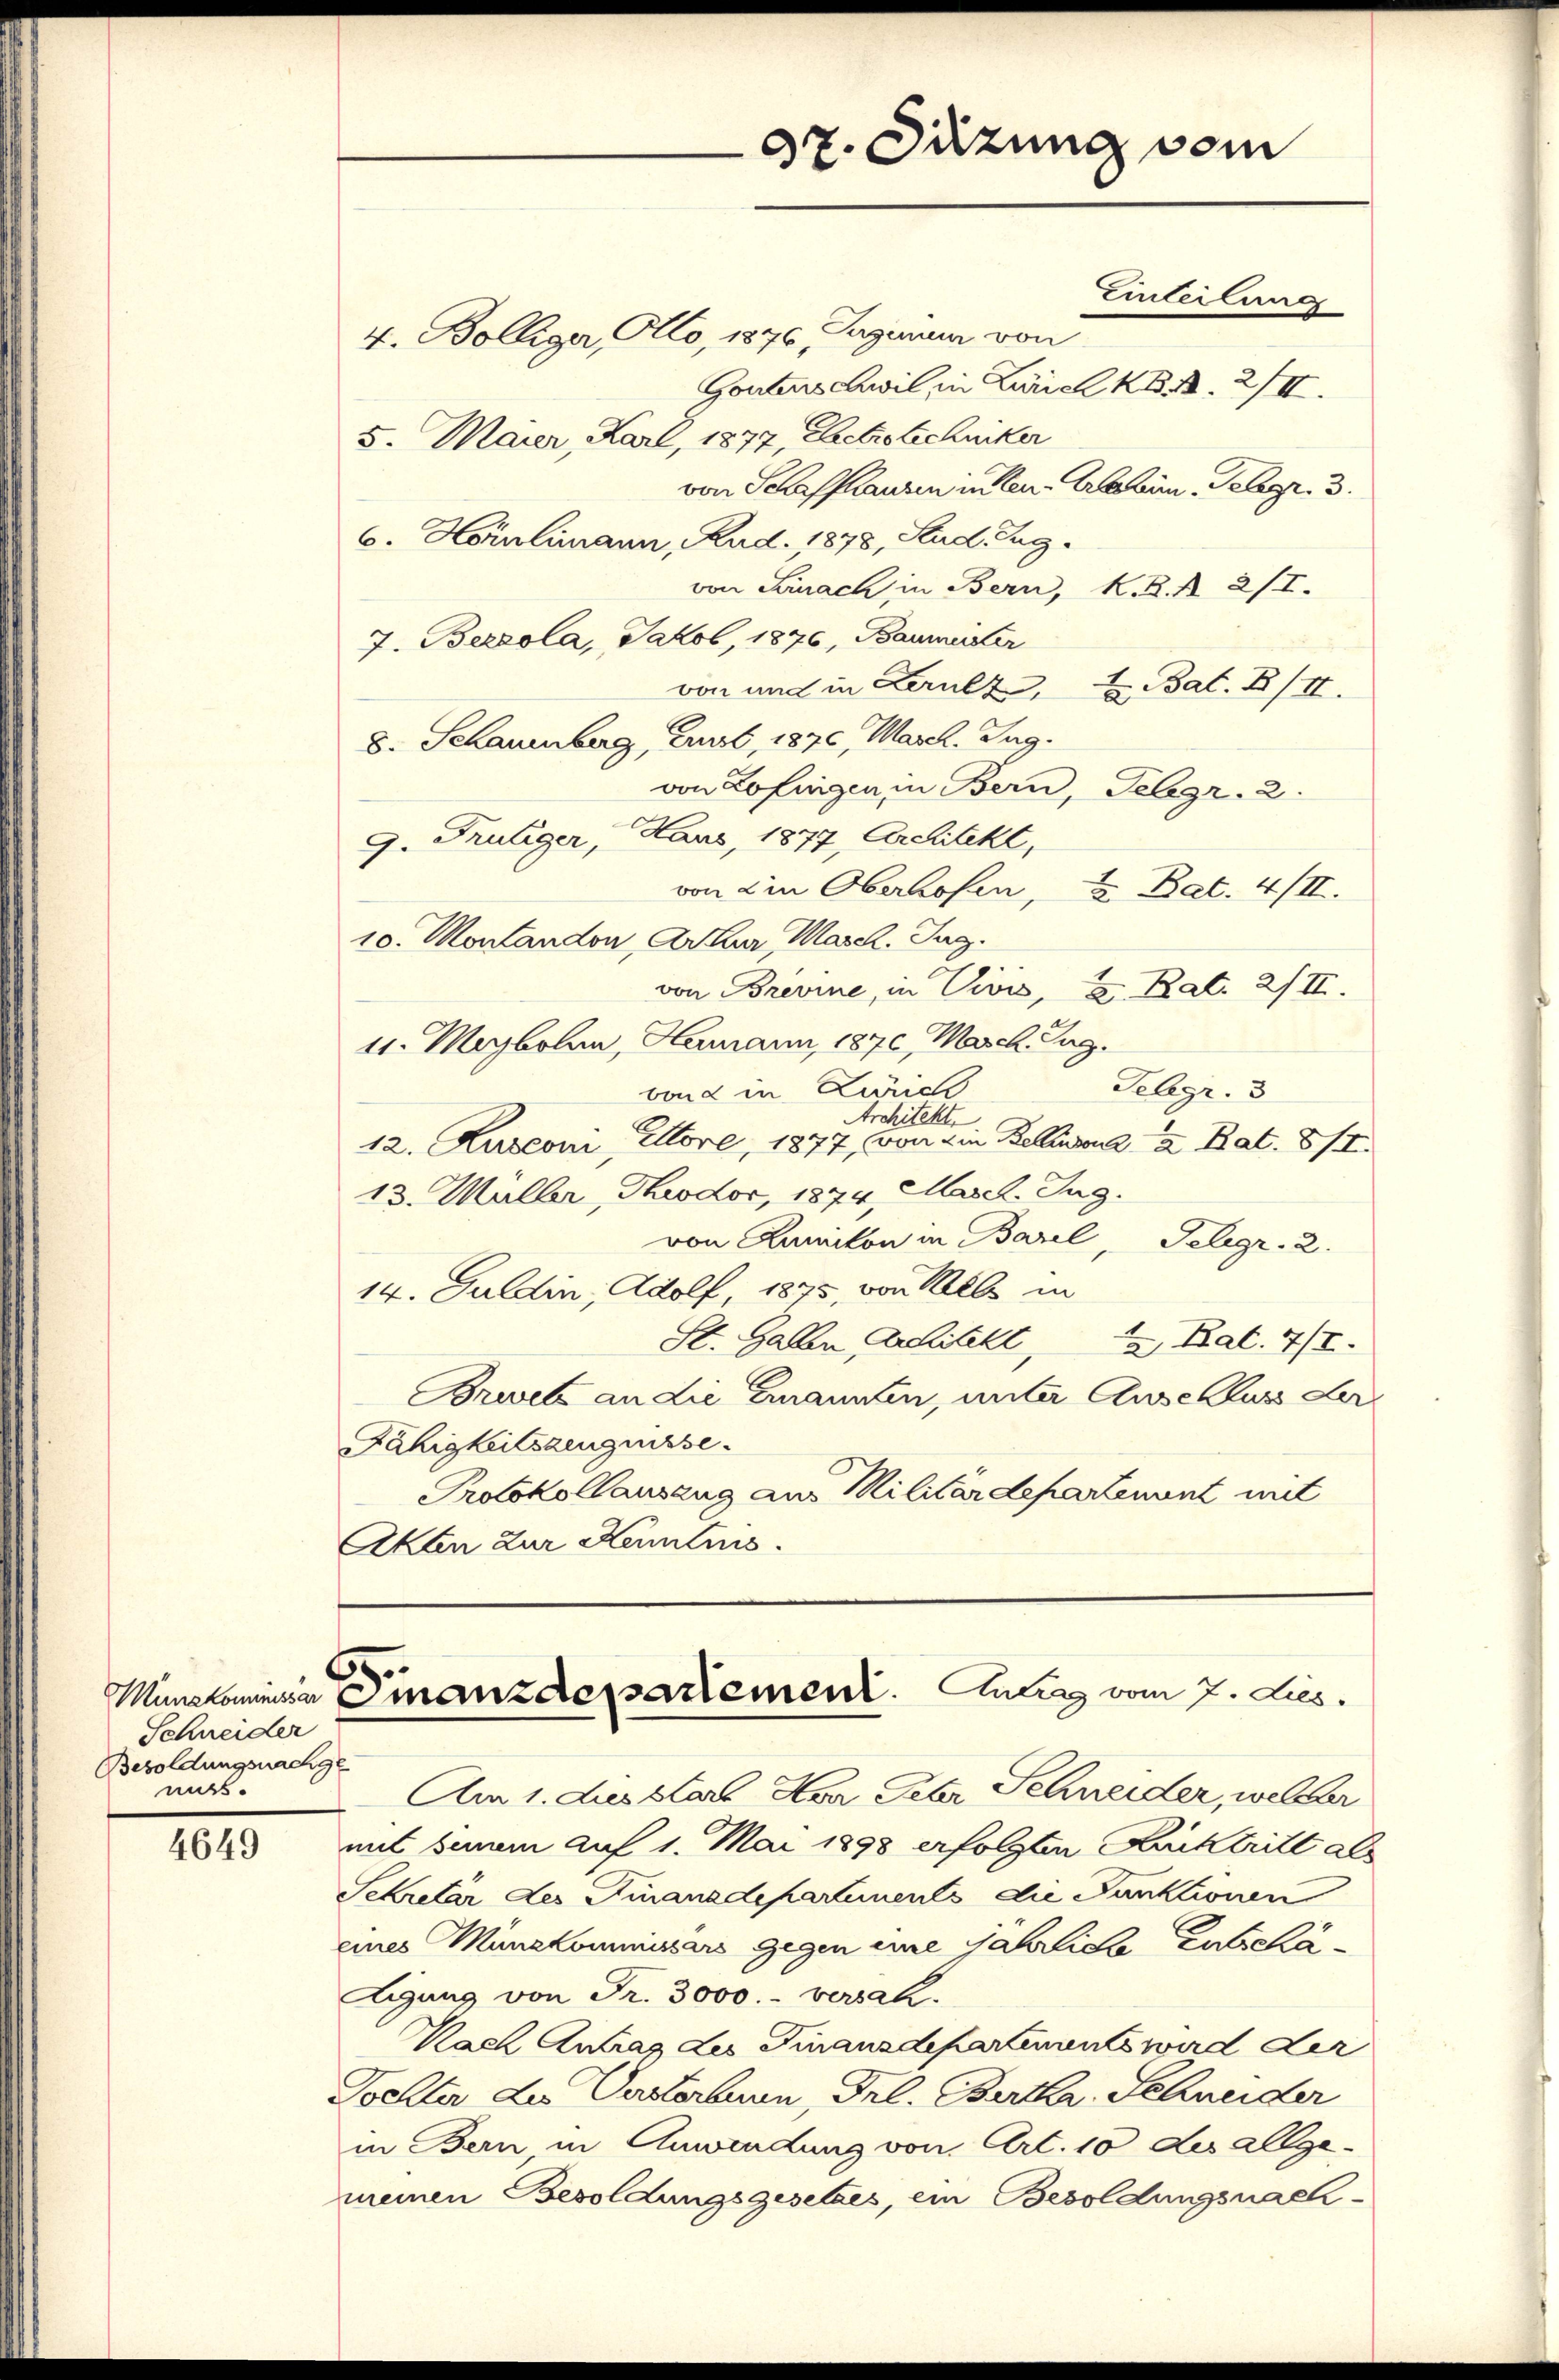
Schneider
Besoldungsnachge
mit.

4649

Einteilung
4. Bolliger, Alto, 1876, Jagenen von
Gonters Zivil, in Zürich RB. 2. 2/II.
5. Maier, Karl, 1877, Ehetrotschniker
von Schaffhausen in den Erleben, Telegr. 3.
6. Hörnlimann, Rud. 1878, Stud. Gugvon Senach in Bern, K. R. R. 2/I.
7. Bezeola, Jakob, 1876, Baumeister
von und in Lerult, u. Bat. III.
8. Schauenberg, Art, 1870, Marck. Zug.
von Zofingen in Bern, Telegr. 2.
g. Frutiger, Haus, 1877, Architekt,
von die Oberhofen, u. Bat. 4/II.
10. Montandon, Arkur Masch. Tag.
von Brevine, in Vivis, u. Rat. 2/II.
41. Majbolan, Hermann, 1870, March Zug.
Gelegr. 3
vond in Züric
Architekt.
12. Kusconi, Ettove, 1877, von die Beliana 2 Bat. 8/I.
13. Müller, Throdoc, 1874, Masch. Zug.
von Kanton in Basel, Telegr. 2.
14. Juldin, Adolf, 1875, von Mlle in
St. Gallen Architekt, 4 Bat. 7/I.
Brevets an die Emannten, unter Auschluss der
Fähigkeitszeugnisse.
Protokollauszug aus Militärdepartenant mit
Akten Zur Kenntnis.

Am 1. Jus stare Haar Peter Schneider, welcher
mit seinem auf 1. Mai 1898 erfolgten Rücktritt als
Sekretär des Finanzdepartements die Punktionen
eines Münzkommissars gegen eine jährliche Entschä¬
Aigung von Fr. 3000.- versah.
Nach Antrag des Finanzdepartements wird der
Tochter des Verstorbern, Frl. Bertkr. Schneider
in Bern in Anwendung von Art. 10 des allgemeinen Besoldungsgesetzes, ein Besoldungsnach¬

37. Dezung vom

Manatomieser Finanzdepartement. Antrag vom 7. Lies.